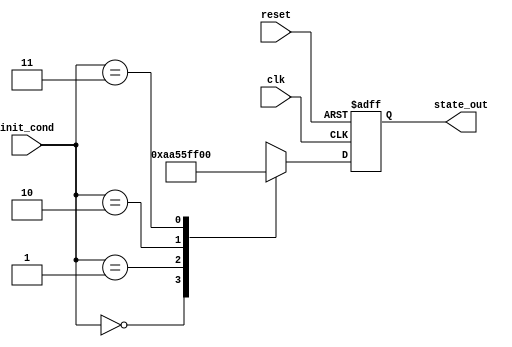
module ConditionalInitialization (
    input wire clk,               // Clock signal
    input wire reset,             // Reset signal
    input wire [1:0] init_cond,   // Initialization condition input
    output reg [7:0] state_out    // Output state
);

// Internal registers for state
reg [7:0] state;

// Initialization parameters
parameter INIT_STATE_0 = 8'hAA; // Example initialization state 0
parameter INIT_STATE_1 = 8'h55; // Example initialization state 1
parameter INIT_STATE_2 = 8'hFF; // Example initialization state 2
parameter INIT_STATE_3 = 8'h00; // Example initialization state 3

// Sequential logic for state initialization and updates
always @(posedge clk or posedge reset) begin
    if (reset) begin
        // Reset state to a known value
        state <= 8'h00;
    end else begin
        // Conditional initialization based on init_cond
        case (init_cond)
            2'b00: state <= INIT_STATE_0; // Initialize to state 0
            2'b01: state <= INIT_STATE_1; // Initialize to state 1
            2'b10: state <= INIT_STATE_2; // Initialize to state 2
            2'b11: state <= INIT_STATE_3; // Initialize to state 3
            default: state <= 8'h00;       // Default case
        endcase
    end
end

// Output logic
always @(*) begin
    state_out = state; // Update output based on the current state
end

endmodule